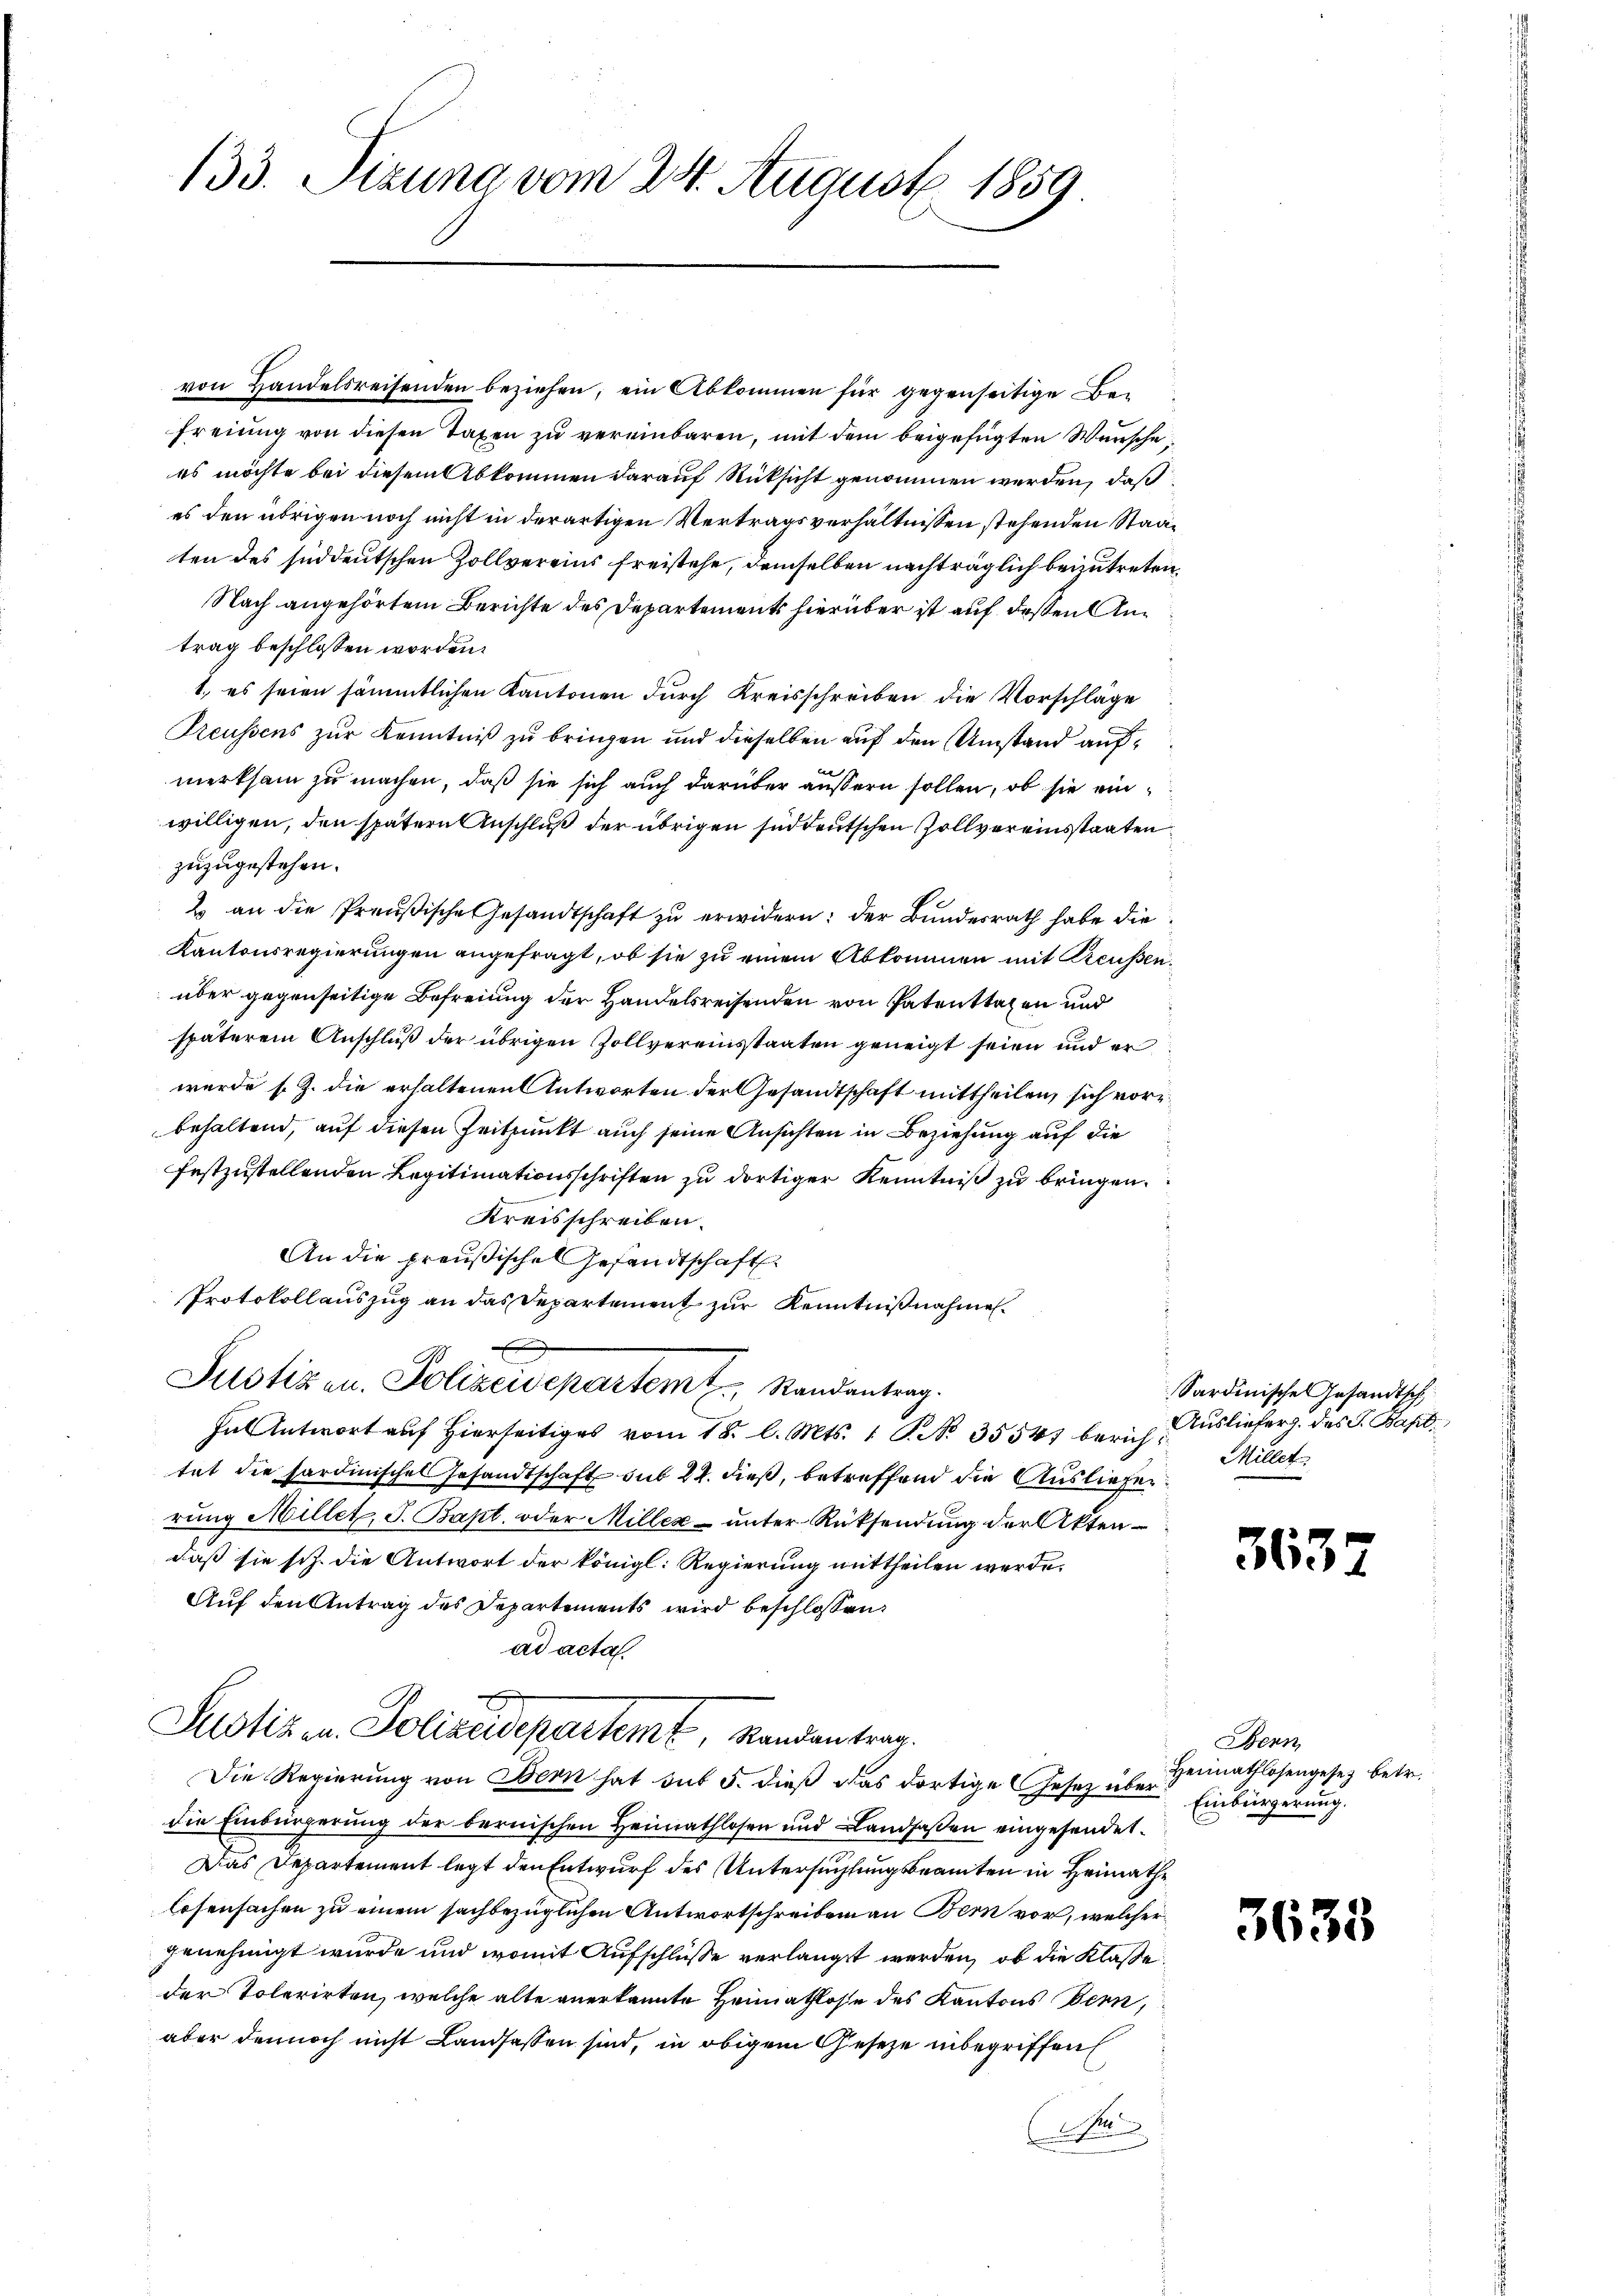
133. Sizung vom 24. August 1859

von Handelsreisenden beziehen, ein Abkommen für gegenseitige Befreiung von diesen Taxen zu vereinbaren, mit dem beigefügten Wünsche
es möchte bei diesem Abkommen darauf Rücksicht genommen werden, daß
es den übrigen noch nicht in derartigen Vertragsverhältnissen stehenden Staaten des süddeutschen Zollvereins freistehe, demselben nachträglich beizutreten,
Nach angehörtem Berichte des Departements hierüber ist auf dessen Antrag beschlossen worden.
1. es seien sämmtlichen Kantonen durch Kreisschreiben die Vorschläge
Preussens zur Kenntniß zu bringen und dieselben auf den Umstand aufmerksam zu machen, daß sie sich auch darüber äußern sollen, ob sie einwilligen, den spätern Anschluß der übrigen süddeutschen Zollvereinsstaaten
zuzugestehen.
2 an die Preußische Gesandtschaft zu erwidern: der Bundesrath habe die
Kantonsregierungen angefragt, ob sie zu einem Abkommen mit Preußenüber gegenseitige Befreiung der Handelsreisenden von Patenttagen und
späterem Anschluß der übrigen Zollvereinstaaten geneigt seien und er
wurde s. Z. die erhaltenen Antworten der Gesandtschaft mittheilen, sich vorbehaltend, auf diesen Zeitpunkt auch seine Ansichten in Beziehung auf die
festzustellenden Legitimationsschriften zu dortiger Kenntniß zu bringen.
Kreisschreiben.
An die preußische Gesandtschaft
Protokollauszug an das Departement zur Kenntnißnahmen.
Justizen. Polizeidepartemt Standentrag.
Fantwort auf hierseitiges vom 18. l. Mts. 1 S. No. 35541 berich Millet
tat die hardinische Gesandtschaft sub 24. dieß, betreffend die Auslieferrung Millet, J. Bapt. oder Miller unter Rücksendung der Aktendaß sie sch. die Antwort der königl. Regierung mittheilen werde.
Auf den Antrag des Departements wird beschlossen:
ad acta.
Justiz u. Polizeidepartemt, Randantrag.
Die Regierung von Bern hat sub 5. dieß das dortige Gesetz über Einbürgerung.
die Einbürgerung der bernischen Heimathlosen und Landsaßen eingesendet.
Das Departement legt den Entwurf des Untersuchtungsbeamten in Heimathe
losensachen zu einem sachbezüglichen Antwortschreiben an Bern vor, welcher
genehmigt wurde und womit Aufschlüsse verlangt werden, ob die Klasse
der Tolerirten, welche alte anerkannte Heimathlose des Kantons Bern,
aber dennoch nicht Landsassen sind, in obigem Geseze inbegriffen
(

Sardinische Gesandtsch
Ausliefer. des J. Bapt.

3632

Bern
Heimathlosengesez betr.

3635